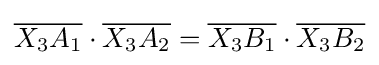
{\overline {X_{3}A_{1}}}\cdot {\overline {X_{3}A_{2}}}={\overline {X_{3}B_{1}}}\cdot {\overline {X_{3}B_{2}}}